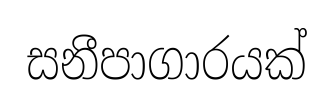
සනීපාගාරයක්